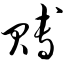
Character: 赙